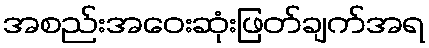
အစည်းအဝေးဆုံးဖြတ်ချက်အရ